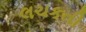
લચકતી